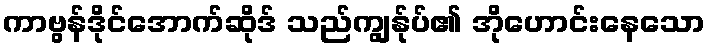
ကာဗွန်ဒိုင်အောက်ဆိုဒ် သည်ကျွန်ုပ်၏ အိုဟောင်းနေသော